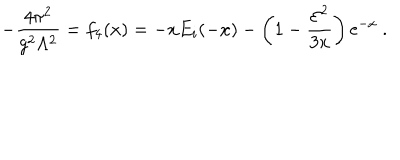
LaTeX: - { \frac { 4 \pi ^ { 2 } } { g ^ { 2 } \Lambda ^ { 2 } } } = f _ { 4 } ( x ) = - x E _ { i } ( - x ) - \left( 1 - { \frac { { \cal E } ^ { 2 } } { 3 x } } \right) { \mathrm e } ^ { - x } \ .